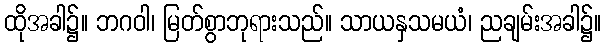
ထိုအခါ၌။ ဘဂဝါ၊ မြတ်စွာဘုရားသည်။ သာယနှသမယံ၊ ညချမ်းအခါ၌။